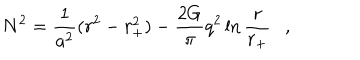
LaTeX: N ^ { 2 } = { \frac { 1 } { a ^ { 2 } } } ( r ^ { 2 } - r _ { + } ^ { 2 } ) - { \frac { 2 G } { \pi } } q ^ { 2 } \ln { \frac { r } { r _ { + } } } ,